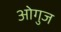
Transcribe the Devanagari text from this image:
ओगुज